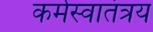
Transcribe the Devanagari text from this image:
कर्मस्वातंत्रय